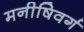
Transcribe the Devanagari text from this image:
मनीषिवर्ग